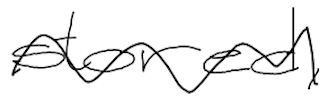
Text: stored,
Cross-out: wave
Writing tool: digital_black